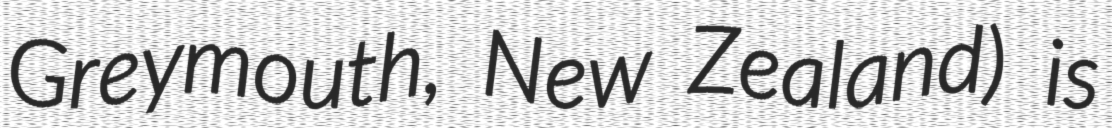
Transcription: Greymouth, New Zealand) is